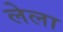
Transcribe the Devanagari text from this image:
लेला